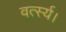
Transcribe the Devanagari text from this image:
वर्त्स्य।